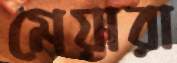
মেয়ারা